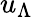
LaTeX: u_{\Lambda}